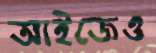
আইজেও